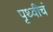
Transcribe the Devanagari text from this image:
पृथ्वीचं